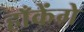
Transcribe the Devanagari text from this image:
हाँकेंगे